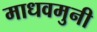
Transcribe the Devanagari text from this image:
माधवमुनी